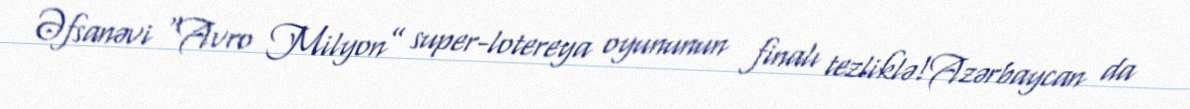
Əfsanəvi “Avro Milyon” super-lotereya oyununun finalı tezliklə!Azərbaycan da